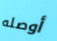
أوصله